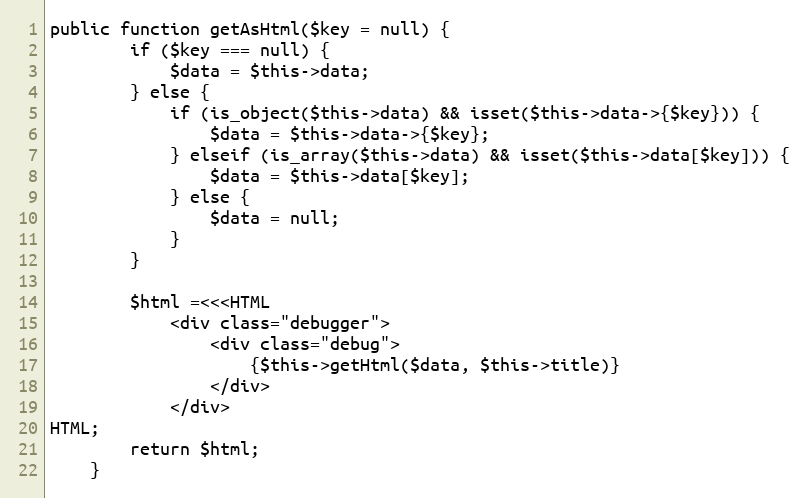
Language: PHP
public function getAsHtml($key = null) {
		if ($key === null) {
			$data = $this->data;
		} else {
			if (is_object($this->data) && isset($this->data->{$key})) {
				$data = $this->data->{$key};
			} elseif (is_array($this->data) && isset($this->data[$key])) {
				$data = $this->data[$key];
			} else {
				$data = null;
			}
		}

		$html =<<<HTML
			<div class="debugger">
				<div class="debug">
					{$this->getHtml($data, $this->title)}
				</div>
			</div>
HTML;
		return $html;
	}